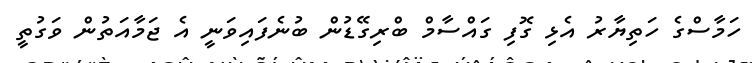
ހަމާސްގެ ހަތިޔާރު އެޅި ގޮފި ގައްސާމް ބްރިގޭޑުން ބުނެފައިވަނީ އެ ޖަމާއަތުން ވަގުތީ